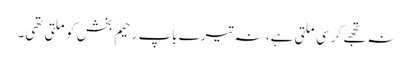
نہ تجھے کرسی ملتی ہے، نہ تیرے باپ رحیم بخش کو ملتی تھی۔